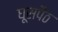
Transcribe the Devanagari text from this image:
घूसपैठ